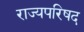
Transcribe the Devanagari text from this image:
राज्यपरिषद